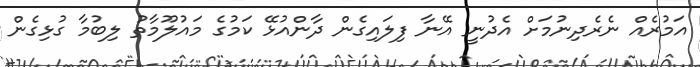
އަމުރެއް ނެރެދިނުމަށް އެދުނީ އޭނާ ފިލައިގެން ދާންއުޅޭ ކަމުގެ މައުލޫމާތު ލިބުމާ ގުޅިގެން